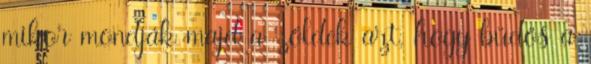
mikor mondják majd a zöldek azt, hogy büdös a